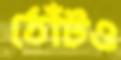
ঠোঁটও